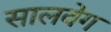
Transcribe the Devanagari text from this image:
सालवेग